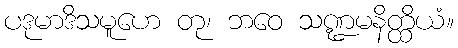
ပဒုမာဒိသမူဟေ တု၊ ဘဝေ သဏ္ဍမနိတ္ထိယံ။